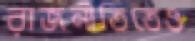
রাজনীতিতেও